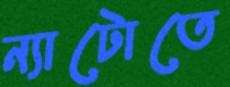
ন্যাটোতে